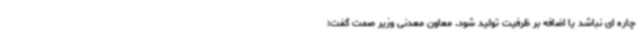
چاره ای نباشد یا اضافه بر ظرفیت تولید شود. معاون معدنی وزیر صمت گفت: